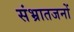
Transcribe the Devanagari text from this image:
संभ्रातजनों